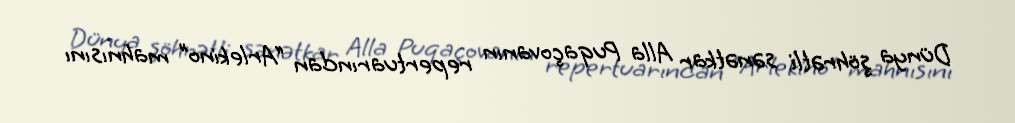
Dünya şöhrətli sənətkar Alla Puqaçovanın repertuarından “Arlekino” mahnısını